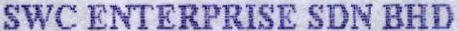
SWC ENTERPRISE SDN BHD